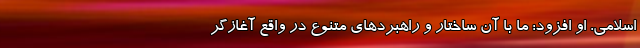
اسلامی. او افزود: ما با آن ساختار و راهبردهای متنوع در واقع آغازگر